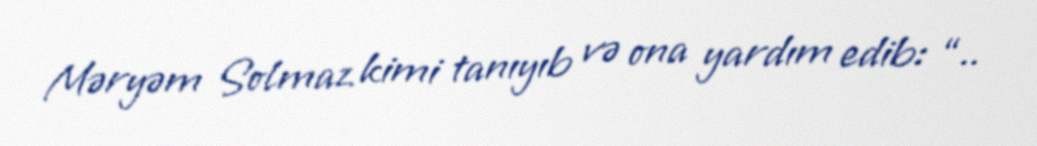
Məryəm Solmaz kimi tanıyıb və ona yardım edib: “..